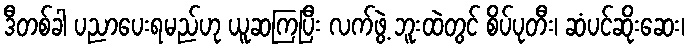
ဒီတစ်ခါ ပညာပေးရမည်ဟု ယူဆကြပြီး လက်ဖွဲ့ ဘူးထဲတွင် စိပ်ပုတီး၊ ဆံပင်ဆိုးဆေး၊